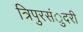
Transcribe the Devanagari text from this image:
त्रिपुरसंुदरी